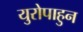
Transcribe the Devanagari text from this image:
युरोपाहुन